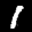
Label: 1